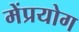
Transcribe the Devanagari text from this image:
मेंप्रयोग